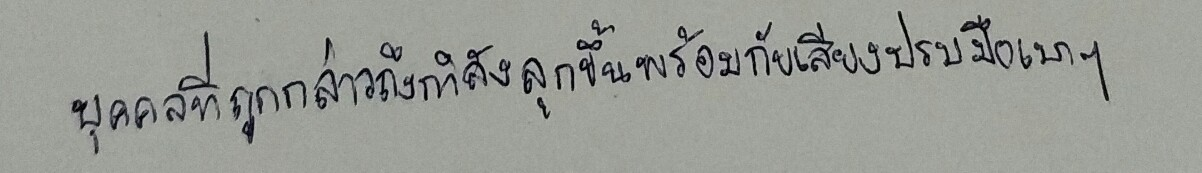
บุคคลที่ถูกกล่าวถึงกำลังลุกขึ้นพร้อมกับเสียงปรบมือเบาๆ